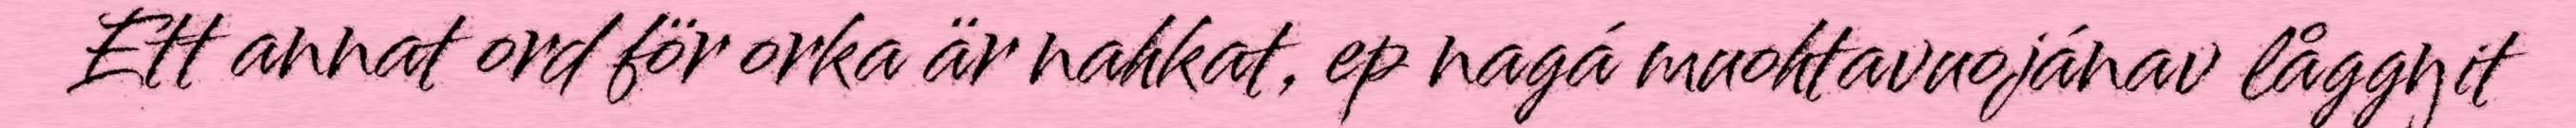
Ett annat ord för orka är nahkat, ep nagá muohtavuojánav låggŋit